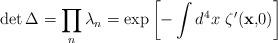
LaTeX: \begin{align*}\det \Delta =\prod\limits_{n}\lambda _{n}=\exp \left[ -\int d^{4}x\,\,\zeta^{\prime }({\bf x,}0)\right] \end{align*}